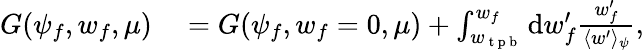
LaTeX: \begin{array}{rl}{G(\psi_{f},w_{f},\mu)}&{{}=G(\psi_{f},w_{f}=0,\mu)+\int_{w_{\mathrm{~t~p~b~}}}^{w_{f}}\mathrm{d}w_{f}^{\prime}\frac{w_{f}^{\prime}}{\langle w^{\prime}\rangle_{\psi}},}\end{array}